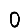
Digit: 0